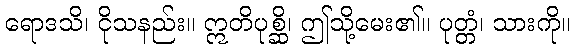
ရောဒသိ၊ ငိုသနည်း။ ဣတိပုစ္ဆိ၊ ဤသို့မေး၏။ ပုတ္တံ၊ သားကို။